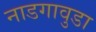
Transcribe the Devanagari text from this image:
नाडगावुडा